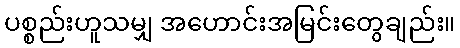
ပစ္စည်းဟူသမျှ အဟောင်းအမြင်းတွေချည်း။